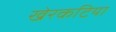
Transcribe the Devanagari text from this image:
खेरकटिया